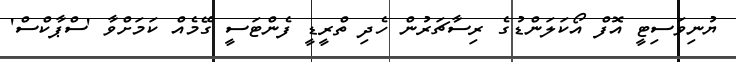
ޔުނިވަސިޓީ އޮފް އޯކަލަންޑުގެ ރިސާޗަރުން ހެދި ތްރީޑީ ފެންޓަސީ ގޭމެއް ކަމަށްވާ 'ސްޕާކްސް'